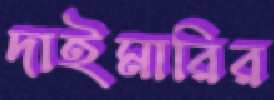
দাইমারির